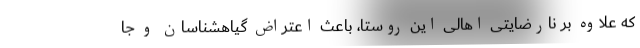
که علاوه بر نارضایتی اهالی این روستا، باعث اعتراض گیاهشناسان و جا